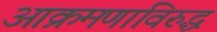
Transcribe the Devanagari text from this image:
आक्रमणाविरुद्ध